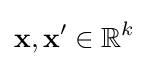
\mathbf {x} ,\mathbf {x'} \in \mathbb {R} ^{k}